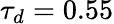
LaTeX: \tau_{d}=0.55